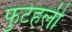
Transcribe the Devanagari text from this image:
फुटेहली